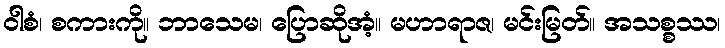
ဝါစံ၊ စကားကို။ ဘာသေမ၊ ပြောဆိုအံ့။ မဟာရာဇ၊ မင်းမြတ်။ အသစ္စဿ၊